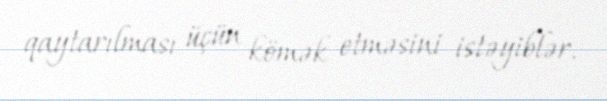
qaytarılması üçün kömək etməsini istəyiblər.